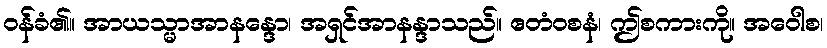
ဝန်ခံ၏။ အာယသ္မာအာနန္ဒော၊ အရှင်အာနန္ဒာသည်။ ဧတံဝစနံ၊ ဤစကားကို။ အဝေါစ၊